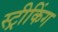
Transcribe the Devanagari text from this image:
स्ट्रीकिंग